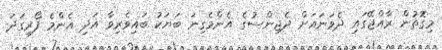
މިގޮތުން ރާއްޖޭގައި ދެވަނައަށް ދެޖިންސުގެ އެންމެގިނަ ބަޔަކު ބައިވެރިވާ އަދި އެންމެ ފޯރިގަދަ